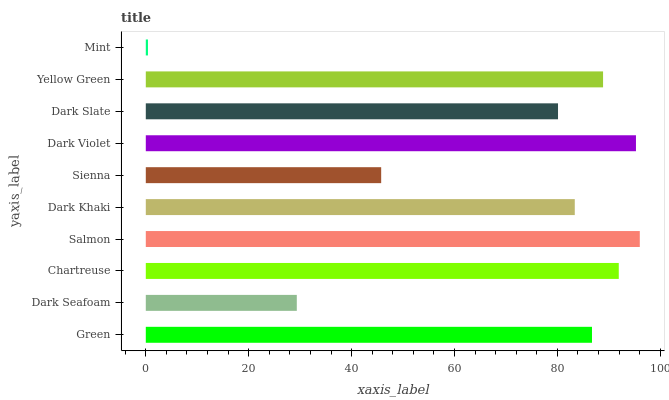
| yaxis_label | bars |
 | --- | --- |
 | Green | 86.7 |
 | Dark Seafoam | 29.4 |
 | Chartreuse | 91.9 |
 | Salmon | 96 |
 | Dark Khaki | 83.4 |
 | Sienna | 45.7 |
 | Dark Violet | 95.3 |
 | Dark Slate | 80.1 |
 | Yellow Green | 88.9 |
 | Mint | 0.423 |